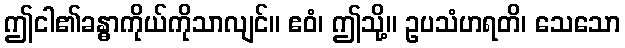
ဤငါ၏ခန္ဓာကိုယ်ကိုသာလျင်။ ဧဝံ၊ ဤသို့။ ဥပသံဟရတိ၊ သေသော